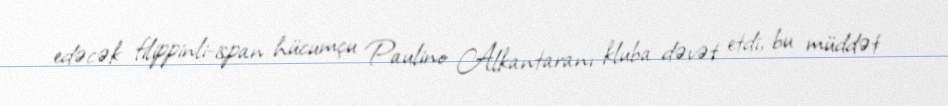
edəcək filippinli-ispan hücumçu Paulino Alkantaranı kluba dəvət etdi, bu müddət